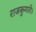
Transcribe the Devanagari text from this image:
राजकुमारी।